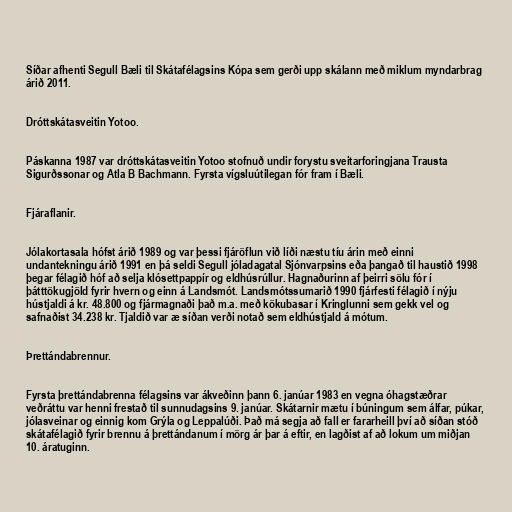
Síðar afhenti Segull Bæli til Skátafélagsins Kópa sem gerði upp skálann með miklum myndarbrag
árið 2011.

Dróttskátasveitin Yotoo.

Páskanna 1987 var dróttskátasveitin Yotoo stofnuð undir forystu sveitarforingjana Trausta
Sigurðssonar og Atla B Bachmann. Fyrsta vígsluútilegan fór fram í Bæli.

Fjáraflanir.

Jólakortasala hófst árið 1989 og var þessi fjáröflun við líði næstu tíu árin með einni
undantekningu árið 1991 en þá seldi Segull jóladagatal Sjónvarpsins eða þangað til haustið 1998
þegar félagið hóf að selja klósettpappír og eldhúsrúllur. Hagnaðurinn af þeirri sölu fór í
þátttökugjöld fyrir hvern og einn á Landsmót. Landsmótssumarið 1990 fjárfesti félagið í nýju
hústjaldi á kr. 48.800 og fjármagnaði það m.a. með kökubasar í Kringlunni sem gekk vel og
safnaðist 34.238 kr. Tjaldið var æ síðan verði notað sem eldhústjald á mótum.

Þrettándabrennur.

Fyrsta þrettándabrenna félagsins var ákveðinn þann 6. janúar 1983 en vegna óhagstæðrar
veðráttu var henni frestað til sunnudagsins 9. janúar. Skátarnir mætu í búningum sem álfar, púkar,
jólasveinar og einnig kom Grýla og Leppalúði. Það má segja að fall er fararheill því að síðan stóð
skátafélagið fyrir brennu á þrettándanum í mörg ár þar á eftir, en lagðist af að lokum um miðjan
10. áratuginn.